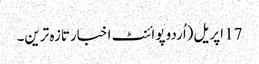
17 اپریل(اُردو پوائنٹ اخبارتازہ ترین۔